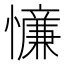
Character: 𪬸